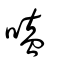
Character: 嗑